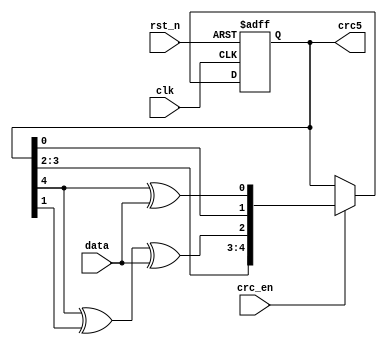
module crc_ser
(
 input            data,
 input            clk,
 input            rst_n,
 input            crc_en, 
 output reg [4:0] crc5
);
  reg [4:0]       crc5_s;
  
  always@(posedge clk or negedge rst_n)
    begin
      if(!rst_n)
        crc5 <= 5'h1f;
      else
        crc5 <= crc_en ? crc5_s : crc5;
    end

  always@*
    begin
      crc5_s[0] = crc5[4] ^ data ;
      crc5_s[1] = crc5[0] ;
      crc5_s[2] = crc5[4] ^ crc5[1] ^ data;
      crc5_s[3] = crc5[2];
      crc5_s[4] = crc5[3];
    end

  
endmodule